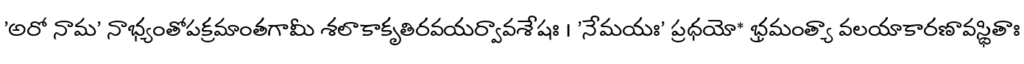
'అరో నామ' నాభ్యంతోపక్రమాంతగామీ శలాకాకృతిరవయర్వావశేషః । 'నేమయః' ప్రధయో* భ్రమంత్యా వలయాకారణావస్థితాః